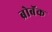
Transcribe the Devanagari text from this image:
ब्रोबॅक